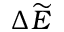
\Delta \widetilde { E }